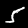
Label: 5